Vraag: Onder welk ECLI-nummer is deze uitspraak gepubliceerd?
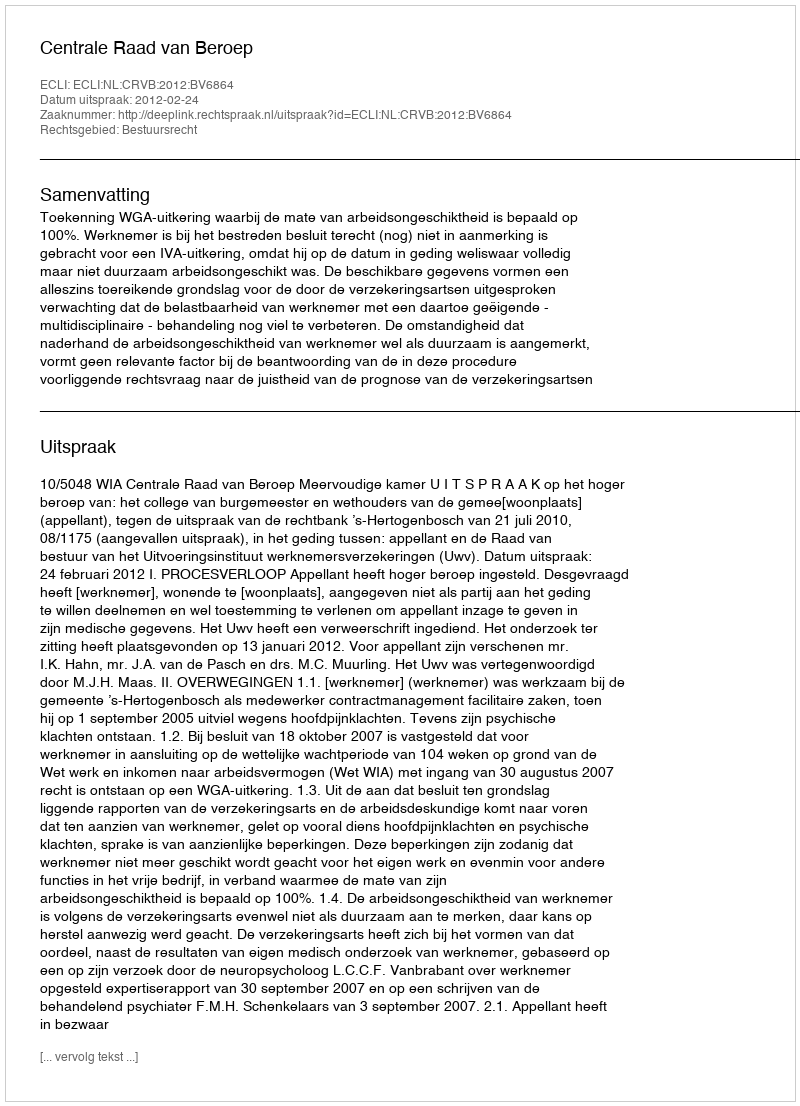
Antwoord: ECLI:NL:CRVB:2012:BV6864